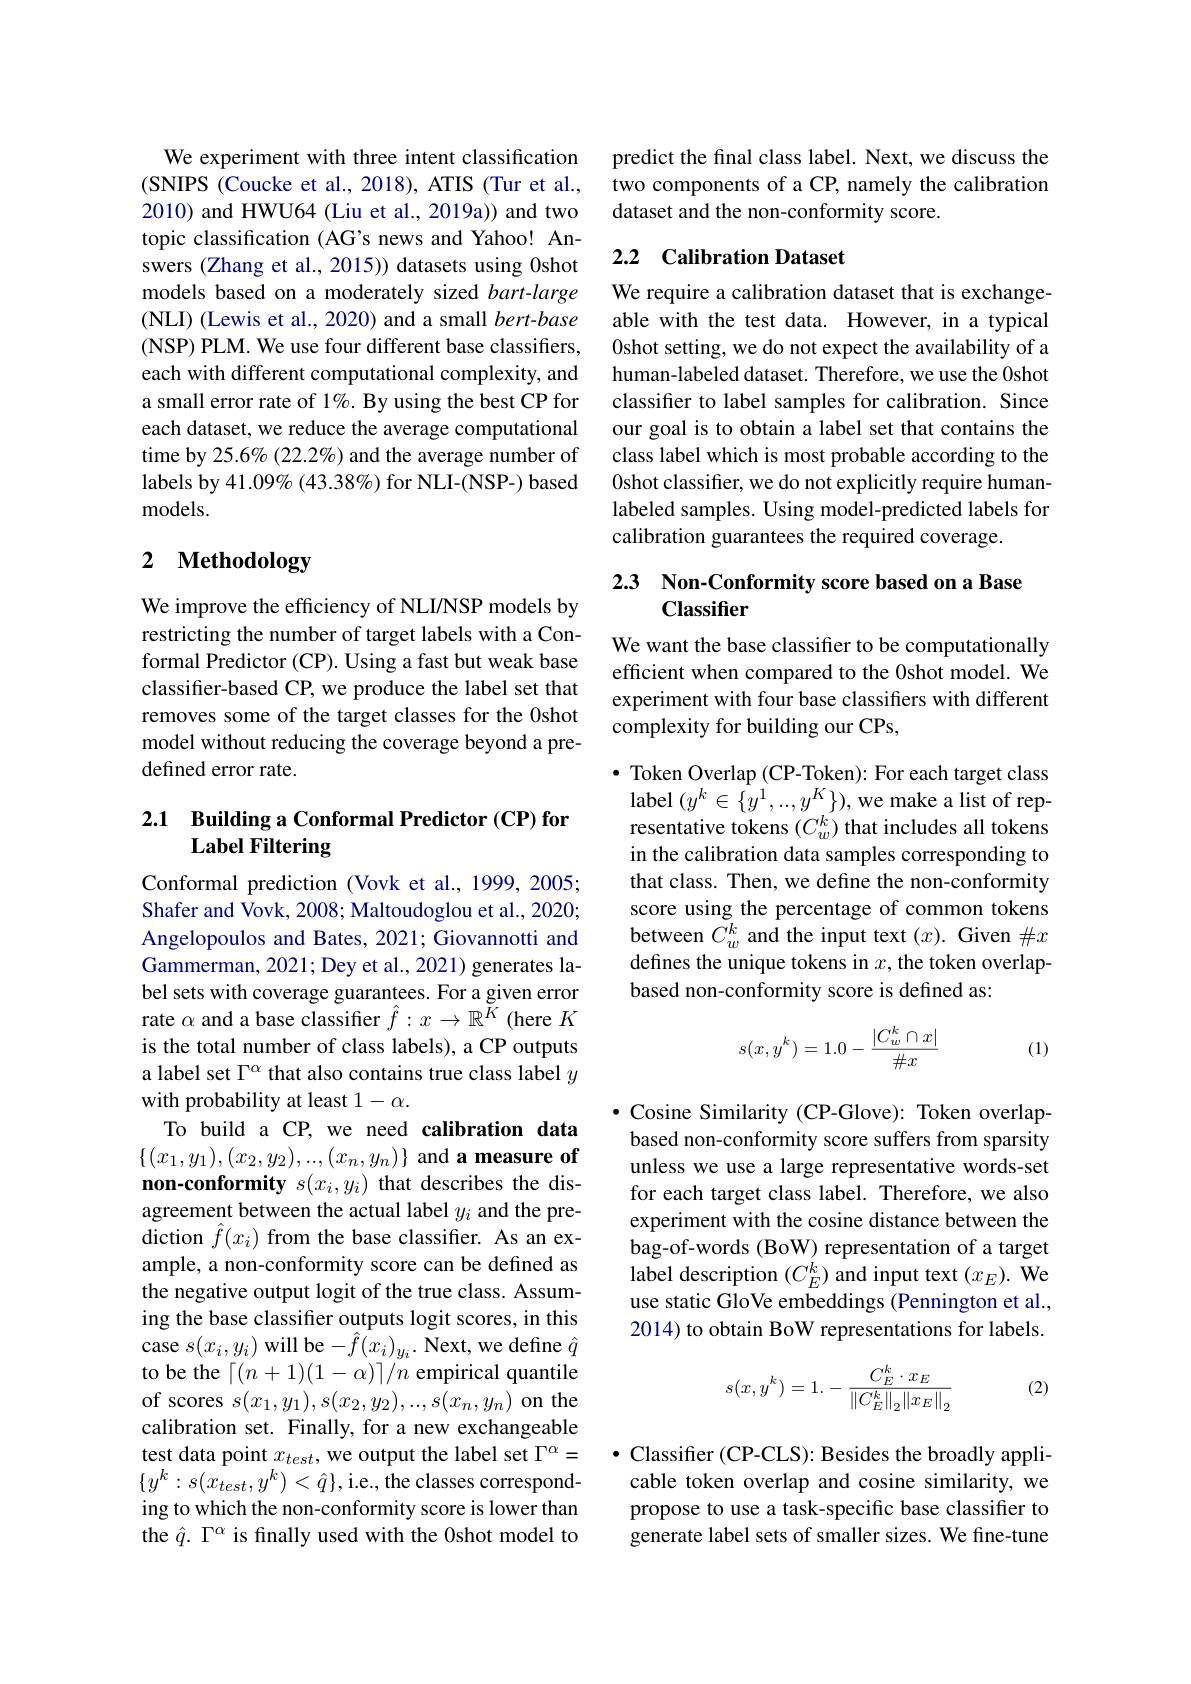
We experiment with three intent classification (SNIPS (Coucke et al., 2018), ATIS (Tur et al., 2010) and HWU64 (Liu et al., 2019a)) and two topic classification (AG's news and Yahoo! Answers (Zhang et al., 2015)) datasets using 0shot models based on a moderately sized bart-large (NLI) (Lewis et al., 2020) and a small bert-base (NSP) PLM. We use four different base classifiers, each with different computational complexity, and a small error rate of 1%. By using the best CP for each dataset, we reduce the average computational time by 25.6% (22.2%) and the average number of labels by 41.09% (43.38%) for NLI-(NSP-) based models.

# 2 Methodology

We improve the efficiency of NLI/NSP models by restricting the number of target labels with a Conformal Predictor (CP). Using a fast but weak base classifier-based CP, we produce the label set that removes some of the target classes for the 0shot model without reducing the coverage beyond a predefined error rate.

## 2.1 $\textbf{Building a Conformal Predictor ( CP) for}$ Label Filtering

Conformal prediction (Vovk et al., 1999, 2005; Shafer and Vovk, 2008; Maltoudoglou et al., 2020; Angelopoulos and Bates, 2021; Giovannotti and Gammerman, 2021; Dey et al., 2021) generates label sets with coverage guarantees. For a given error rate $\alpha$ and a base classifier $\hat{f}:x\to\mathbb{R}^K$ (here $K$ is the total number of class labels), a CP outputs a label set $\Gamma^\alpha$ that also contains true class label $y$ with probability at least $1-\alpha.$
To build a CP, we need calibration data $\{(x_1,y_1),(x_2,y_2),...,(x_n,y_n)\}$ and a measure of non-conformity $s(x_i,y_i)$ that describes the disagreement between the actual label $y_i$ and the pre- ${\mathrm{diction~}\hat{f}}(x_{i})$ from the base classifier. As an example, a non-conformity score can be defined as the negative output logit of the true class. Assuming the base classifier outputs logit scores, in this case $s(x_{i},y_{i})$ will be$-\hat f(x_{i})_{y_{i}}.$ Next, we define $\hat q$ to be the $\lceil(n+1)(1-\alpha)\rceil/n$ empirical quantile of scores $s(x_1,y_1),s(x_2,y_2),...,s(x_n,y_n)$ on the calibration set. Finally, for a new exchangeable test data point $x_{test}$, we output the label set $\Gamma^\alpha=$ $\{y^{k}:s(x_{test},y^{k})<\hat{q}\}$,i.e., the classes corresponding to which the non-conformity score is lower than the $\hat{q}.\Gamma^{\alpha}$ is finally used with the 0shot model to

predict the final class label. Next, we discuss the two components of a CP, namely the calibration dataset and the non-conformity score.

## 2.2 Calibration Dataset

We require a calibration dataset that is exchangeable with the test data. However, in a typical 0shot setting, we do not expect the availability of a human-labeled dataset. Therefore, we use the 0shot classifer to label samples for calibration. Since our goal is to obtain a label set that contains the class label which is most probable according to the 0shot classifer, we do not explicitly require humanlabeled samples. Using model-predicted labels for calibration guarantees the required coverage.

## 2.3 Non-Conformity score based on a Base Classifier

We want the base classifier to be computationally efficient when compared to the 0shot model. We experiment with four base classifiers with different complexity for building our CPs,

$\bullet$ Token Overlap (CP-Token): For each target class label $(y^k\in\{y^1,...,y^K\})$,we make a list of representative tokens $(C_w^k)$ that includes all tokens in the calibration data samples corresponding to that class. Then, we define the non-conformity score using the percentage of common tokens between $\bar{C_w^k}$ and the input text $(x).$ Given $\#x$ defines the unique tokens in $x$, the token overlapbased non-conformity score is defined as:
$$s(x,y^k)=1.0-\frac{|C_w^k\cap x|}{\#x}$$
(1)

$\bullet$ Cosine Similarity (CP-Glove): Token overlapbased non-conformity score suffers from sparsity unless we use a large representative words-set for each target class label. Therefore, we also experiment with the cosine distance between the bag-of-words (BoW) representation of a target label description $(C_E^k)$ and input text $(x_E).$ We use static GloVe embeddings (Pennington et al., 2014) to obtain BoW representations for labels.
$$s(x,y^k)=1.-\frac{C_E^k\cdot x_E}{\left\|C_E^k\right\|_2\left\|x_E\right\|_2}$$
(2)

$\bullet$ Classifier (CP-CLS): Besides the broadly applicable token overlap and cosine similarity, we propose to use a task-specific base classifier to generate label sets of smaller sizes. We fine-tune